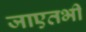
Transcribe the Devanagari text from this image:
जाएतभी